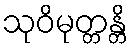
သုဝိမုတ္တန္တိ